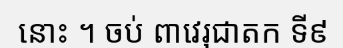
នោះ ។ ចប់ ពាវេរុជាតក ទី៩